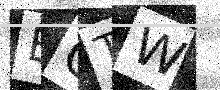
Text: BOTW